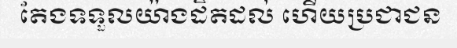
តែងទទួលយ៉ាងដិតដល់ ហើយប្រជាជន